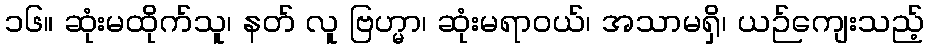
၁၆။ ဆုံးမထိုက်သူ၊ နတ် လူ ဗြဟ္မာ၊ ဆုံးမရာဝယ်၊ အသာမရှိ၊ ယဉ်ကျေးသည့်